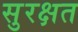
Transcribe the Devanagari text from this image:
सुरक्षत